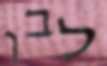
לבן